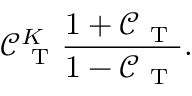
\mathcal { C } _ { \mathrm { ~ T ~ } } ^ { K } \frac { 1 + \mathcal { C } _ { \mathrm { ~ T ~ } } } { 1 - \mathcal { C } _ { \mathrm { ~ T ~ } } } .